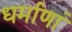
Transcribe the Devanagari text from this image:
धर्माणां